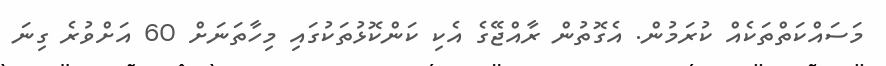
މަސައްކަތްތަކެއް ކުރަމުން. އެގޮތުން ރާއްޖޭގެ އެކި ކަންކޮޅުތަކުގައި މިހާތަނަށް 60 އަށްވުރެ ގިނަ